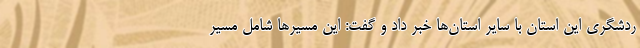
ردشگری این استان با سایر استان‌ها خبر داد و گفت: این مسیرها شامل مسیر